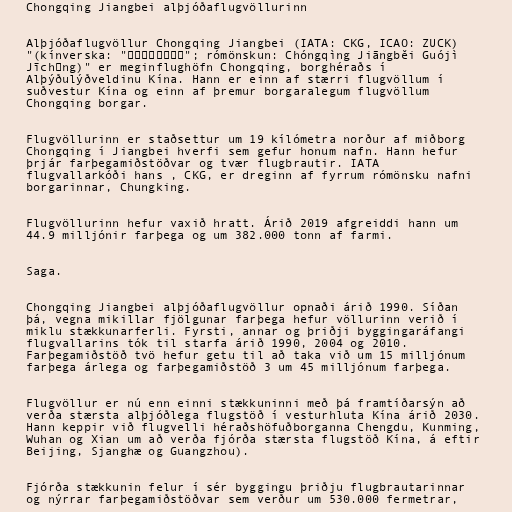
Chongqing Jiangbei alþjóðaflugvöllurinn

Alþjóðaflugvöllur Chongqing Jiangbei (IATA: CKG, ICAO: ZUCK)
"(kínverska: "重庆江北国际机场"; rómönskun: Chóngqìng Jiāngběi Guójì
Jīchǎng)" er meginflughöfn Chongqing, borghéraðs í
Alþýðulýðveldinu Kína. Hann er einn af stærri flugvöllum í
suðvestur Kína og einn af þremur borgaralegum flugvöllum
Chongqing borgar.

Flugvöllurinn er staðsettur um 19 kílómetra norður af miðborg
Chongqing í Jiangbei hverfi sem gefur honum nafn. Hann hefur
þrjár farþegamiðstöðvar og tvær flugbrautir. IATA
flugvallarkóði hans , CKG, er dreginn af fyrrum rómönsku nafni
borgarinnar, Chungking.

Flugvöllurinn hefur vaxið hratt. Árið 2019 afgreiddi hann um
44.9 milljónir farþega og um 382.000 tonn af farmi.

Saga.

Chongqing Jiangbei alþjóðaflugvöllur opnaði árið 1990. Síðan
þá, vegna mikillar fjölgunar farþega hefur völlurinn verið í
miklu stækkunarferli. Fyrsti, annar og þriðji byggingaráfangi
flugvallarins tók til starfa árið 1990, 2004 og 2010.
Farþegamiðstöð tvö hefur getu til að taka við um 15 milljónum
farþega árlega og farþegamiðstöð 3 um 45 milljónum farþega.

Flugvöllur er nú enn einni stækkuninni með þá framtíðarsýn að
verða stærsta alþjóðlega flugstöð í vesturhluta Kína árið 2030.
Hann keppir við flugvelli héraðshöfuðborganna Chengdu, Kunming,
Wuhan og Xian um að verða fjórða stærsta flugstöð Kína, á eftir
Beijing, Sjanghæ og Guangzhou).

Fjórða stækkunin felur í sér byggingu þriðju flugbrautarinnar
og nýrrar farþegamiðstöðvar sem verður um 530.000 fermetrar,